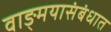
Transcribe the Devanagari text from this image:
वाङ्‌मयासंबंधात